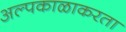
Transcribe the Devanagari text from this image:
अल्पकाळाकरता